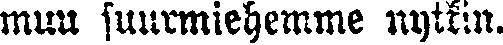
muu suurmiehemme nytkin.